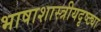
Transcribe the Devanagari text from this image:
भाषाशास्त्रीयदृष्ट्या